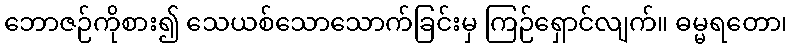
ဘောဇဉ်ကိုစား၍ သေယစ်သောသောက်ခြင်းမှ ကြဉ်ရှောင်လျက်။ ဓမ္မရတော၊